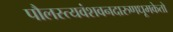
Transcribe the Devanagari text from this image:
पौलस्त्यवंशवनदारुणधूमकेतो